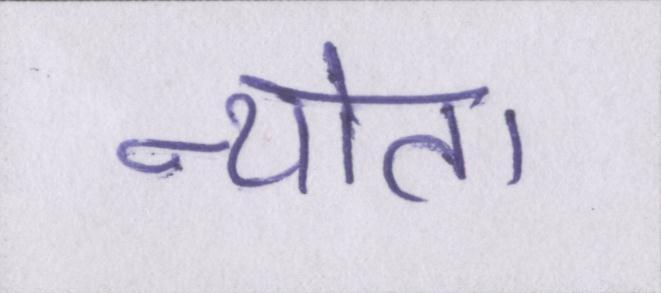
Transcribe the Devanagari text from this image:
न्योता